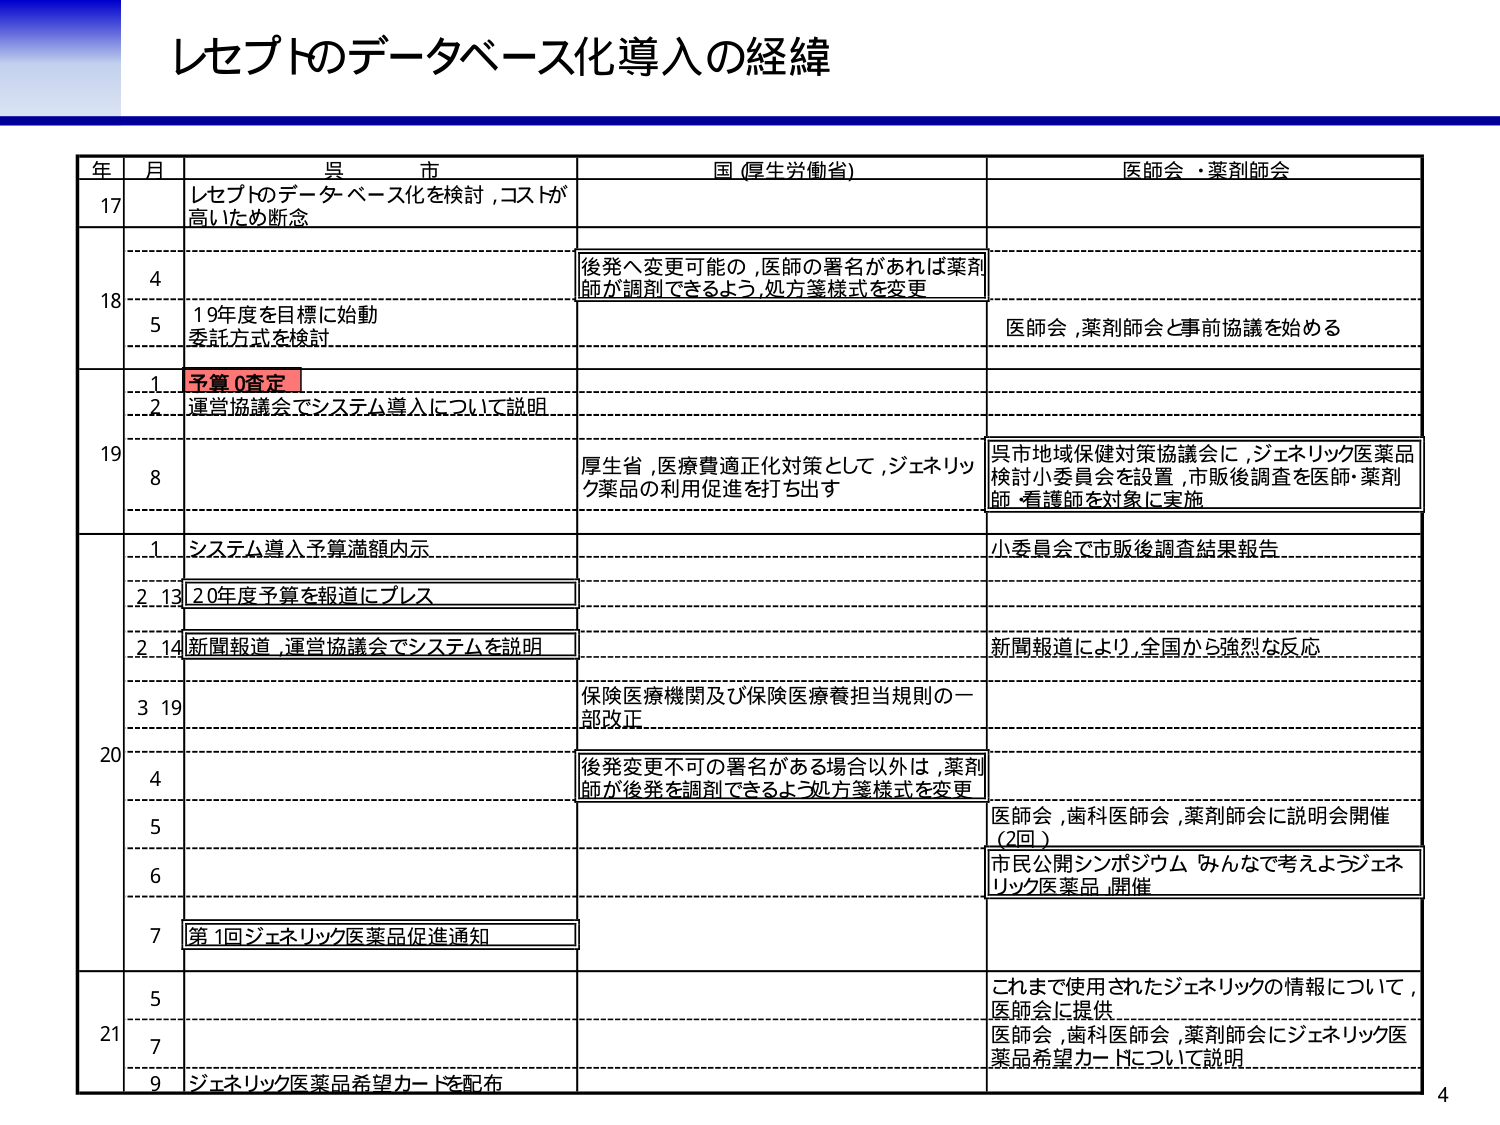
レセプトのデータベース化導入の経緯

年 月 県 市 国（厚生労働省） 医師会・薬剤師会

17 レセプトのデータベース化を検討，コストが 高いため断念

18 4 後発へ変更可能の，医師の署名があれば薬剤 師が調剤できるよう，処方箋様式を変更

5 19年度を目標に始動 委託方式を検討 医師会，薬剤師会と事前協議を始める

19.1 予算0査定

.2 運営協議会でシステム導入について説明

8 厚生省，医療費適正化対策として，ジェネリッ ク薬品の利用促進を打ち出す 県市地域保健対策協議会に，ジェネリック医薬品 検討小委員会を設置，市販後調査を医師・薬剤 師・看護師を対象に実施

20.1 システム導入予算満額内示 小委員会で市販後調査結果報告

.2.13 20年度予算を報道にプレス

.2.14 新聞報道，運営協議会でシステムを説明 新聞報道により，全国から強烈な反応

3 19 保険医療機関及び保険医療養担当規則の一 部改正

4 後発変更不可の署名がある場合以外は，薬剤 師が後発を調剤できるよう処方箋様式を変更

5 医師会，歯科医師会，薬剤師会に説明会開催 （2回）

6 市民公開シンポジウム「みんなで考えようジェネ リック医薬品」開催

7 第1回ジェネリック医薬品促進通知

21 5 これまで使用されたジェネリックの情報について， 医師会に提供

7 医師会，歯科医師会，薬剤師会にジェネリック医 薬品希望カードについて説明

9 ジェネリック医薬品希望カードを配布

4